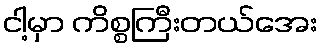
ငါ့မှာ ကိစ္စကြီးတယ်အေး